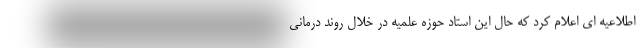
اطلاعیه ای اعلام کرد که حال این استاد حوزه علمیه در خلال روند درمانی